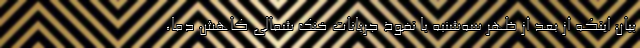
بیان اینکه از بعد از ظهر سه‌شنبه با نفوذ جریانات خنک شمالی کاهش دما،